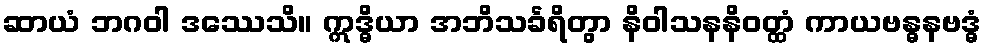
ဆာယံ ဘဂဝါ ဒဿေသိ။ ဣဒ္ဓိယာ အဘိသင်္ခရိတွာ နိဝါသနနိဝတ္ထံ ကာယဗန္ဓနဗဒ္ဓံ